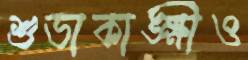
শুভাকাঙ্ক্ষীও